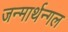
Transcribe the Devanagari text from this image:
जन्मार्थन्गल